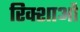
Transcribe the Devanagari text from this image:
रिक्शाओं